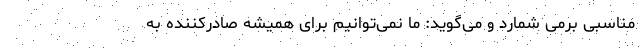
مناسبی برمی شمارد و می‌گوید: ما نمی‌توانیم برای همیشه صادرکننده به